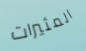
المثيرات